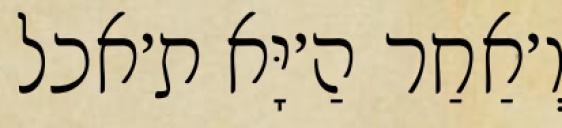
וְ׳אַחַר הַ׳יָּא ת׳אכל